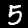
Digit: 5